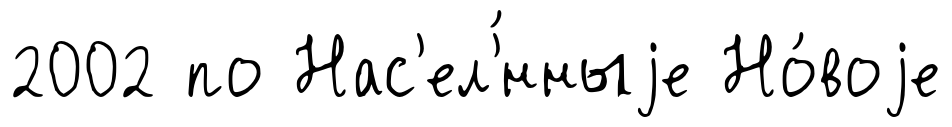
2002 по Нас'ел'́нныjе Но́воjе